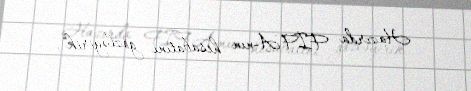
Hazırda FİFA-nın hesabatını gözləyirik".